Sketch of the medical history of the native army of Bombay, for the year
Year: 1870
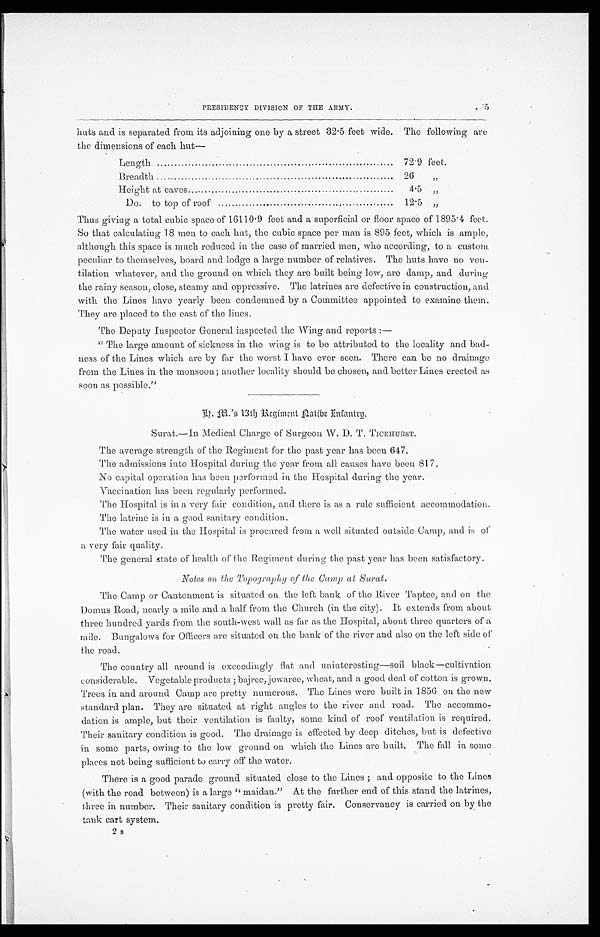
PRESIDENCY DIVISION OF THE ARMY.
. 75
huts and is separated from its adjoining one by a street 32.5 feet wide. The following are
the dimensions of each hut—
Length
72.9 feet.
Breadth
26
,,
Height at eaves
4.5 „,,
Do. to top of roof
12.5 „
Thus giving a total cubic space of 16110.9 feet and a superficial or floor space of 1895.4 feet.
So that calculating 18 men to each hut, the cubic space per man is 895 feet, which is ample,
although this space is much reduced in the case of married men, who according, to a custom.
peculiar to themselves, board and lodge a large number of relatives. The huts have no ven-
tilation whatever, and the ground on which they are built being low, are damp, and during
the rainy season, close, steamy and oppressive. The latrines are defective in construction, and
with the Lines have yearly been condemned by a Committee appointed to examine them.
They are placed to the east of the lines.
The Deputy inspector General inspected the Wing and reports:
—
"The large amount of sickness in the wing is to be attributed to the locality and bad-
ness of the Lines which are by far the worst I have ever seen. There can be no drainage
from the Lines in the monsoon; another locality should be chosen, and better Lines erected as
soon as possible."
13th Regiment Datibe Infantrg.
Surat.—In Medical Charge of Surgeon W. D. T. TICEHURST.
The average strength of the Regiment for the past year has been 647.
The admissions into Hospital during the year from all causes have been 817.
NO capital operation has been performed in the Hospital during the year.
Vaccination has been regularly performed.
The Hospital is in a very fair condition, and there is as a rule sufficient accommodation.
The latrine is in a good sanitary condition.
The water used in the Hospital is procured from a well situated outside Camp, and is of
a very fair quality.
The general state of health of the Regiment during the past year has been satisfactory.
Notes on, the Topography of the Camp at Surat.
The Camp or Cantonment is situated on the left bank of the River Taptee, and on the
Domus Road, nearly a mile and a half from the Church (in the city). It extends from about
three hundred yards from the south-west wall as far as the Hospital, about three quarters of a
mile. Bungalows for Officers are situated on the bank of the river and also on the left side of
the road.
The country all around is exceedingly flat and uninteresting—soil black—cultivation
considerable. Vegetable products; bajree, jowaree, wheat, and a good. deal of cotton is grown.
Trees in and around Camp are pretty numerous. The Lines were built in 1856 on the new
standard plan. They are situated at right angles to the river and road. The accommo
-dation is ample, but their ventilation is faulty, some kind of roof ventilation is required.
Their sanitary condition is good. The drainage is effected by deep ditches, but is defective
in some parts, owing to the low ground. on which the Lines are built. The fall in some
places not being sufficient to carry off the water.
There is a good parade ground situated close to the Lines; and opposite to the Lines
(with the road between) is a large "maidan." At the further end of this stand the latrines,
three in number. Their sanitary condition is pretty fair. Conservancy is carried on by the
tank cart system.
2s